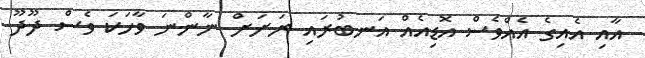
އާއި އެއިގެ އެއްވެސް އޮޑިއެއް އަނބުރައި ރަށަށް ނާންނަ ވާހަކަ ވެސް ދޫދޫ